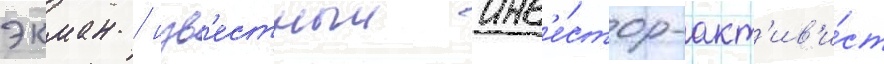
экман / изв'естныи инв'е́стор-акт'ив'и́ст